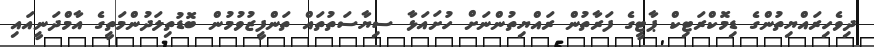
ދިވެހިރައްޔިތުންގެ ޑިމޮކްރަޓިކް ޕާޓީގެ ފަރާތުން ރައްޔިތުންނަށް ހުށައަޅާ ސިޔާސަތުތައް ތަންފީޒުވުމުން ބޮޑުތިލަދުންމަތީގެ އާމްދަނީއައި